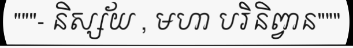
"""- និស្ស័យ , មហា បរិនិព្វាន"""